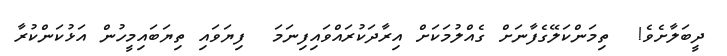
ދީބަލާށެވެ!  ތިމަންކަލޭގެފާނަށް ގެއްލުމަކަށް އިރާދަކުރައްވައިފިނަމަ  ފިޔަވައި ތިޔަބައިމީހުން އަޅުކަންކުރާ